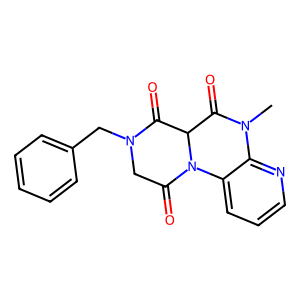
SMILES: CN1C(=O)C2C(=O)N(Cc3ccccc3)CC(=O)N2c2cccnc21
Inhibits HIV replication: No